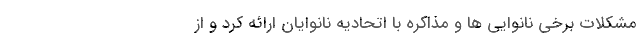
مشکلات برخی نانوایی ها و مذاکره با اتحادیه نانوایان ارائه کرد و از